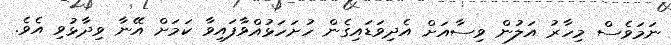
ނަމަވެސް މިހާރު އަލުން ވިސާއަށް އެދިވަޑައިގެން ހުށަހަޅުއްވާފައިވާ ކަމަށް އޭނާ ވިދާޅުވި އެވެ.